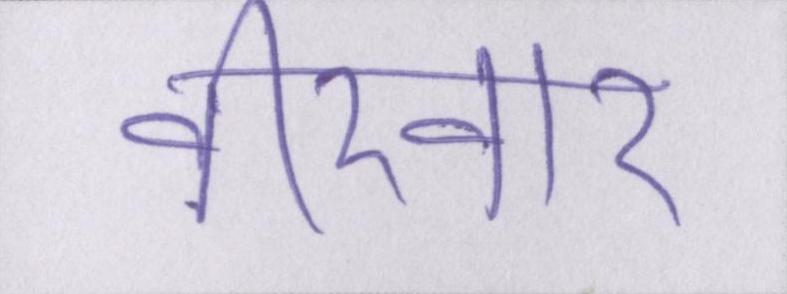
वीरवार